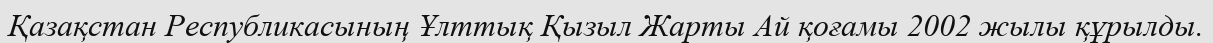
Қазақстан Республикасының Ұлттық Қызыл Жарты Ай қоғамы 2002 жылы құрылды.